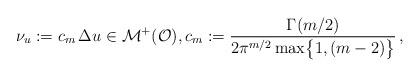
LaTeX: \begin{align*}\nu_u:= c_m \,\Delta u\in \mathcal M^+(\mathcal O), c_m:=\frac{\Gamma(m/2)}{2\pi^{m/2}\max\bigl\{1, (m-2)\bigr\}}\,,\end{align*}